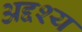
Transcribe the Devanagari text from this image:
अद्दश्य